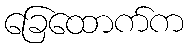
ခြေထောက်က